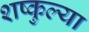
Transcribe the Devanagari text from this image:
शष्कुल्या